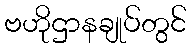
ဗဟိုဌာနချုပ်တွင်